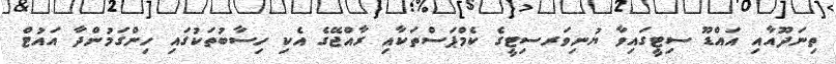
ތިނަދޫއާއި އައްޑޫ ސިޓީގައިވާ ޔުނިވަރސިޓީގެ ކެމްޕަސްތަކާއި ރާއްޖޭގެ އެކި ހިސާބުތަކުގައި ހިންގަމުންދާ އައުޓް